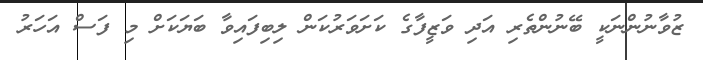
ޒުވާނުންނަކީ ބޭނުންތެރި އަދި ވަޒީފާގެ ކަށަވަރުކަން ލިބިފައިވާ ބަޔަކަށް މި ފަސް އަހަރު